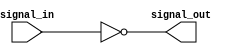
module inverter_buffer (
    input wire signal_in,
    output wire signal_out
);

assign signal_out = ~signal_in;

endmodule